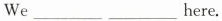
We___ ___here.